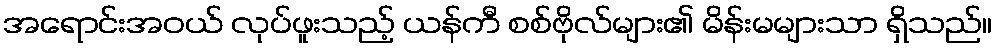
အရောင်းအဝယ် လုပ်ဖူးသည့် ယန်ကီ စစ်ဗိုလ်များ၏ မိန်းမများသာ ရှိသည်။